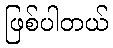
ဖြစ်ပါတယ်